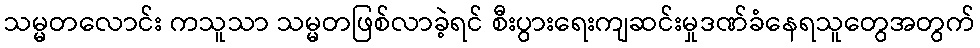
သမ္မတလောင်း ကသူသာ သမ္မတဖြစ်လာခဲ့ရင် စီးပွားရေးကျဆင်းမှုဒဏ်ခံနေရသူတွေအတွက်